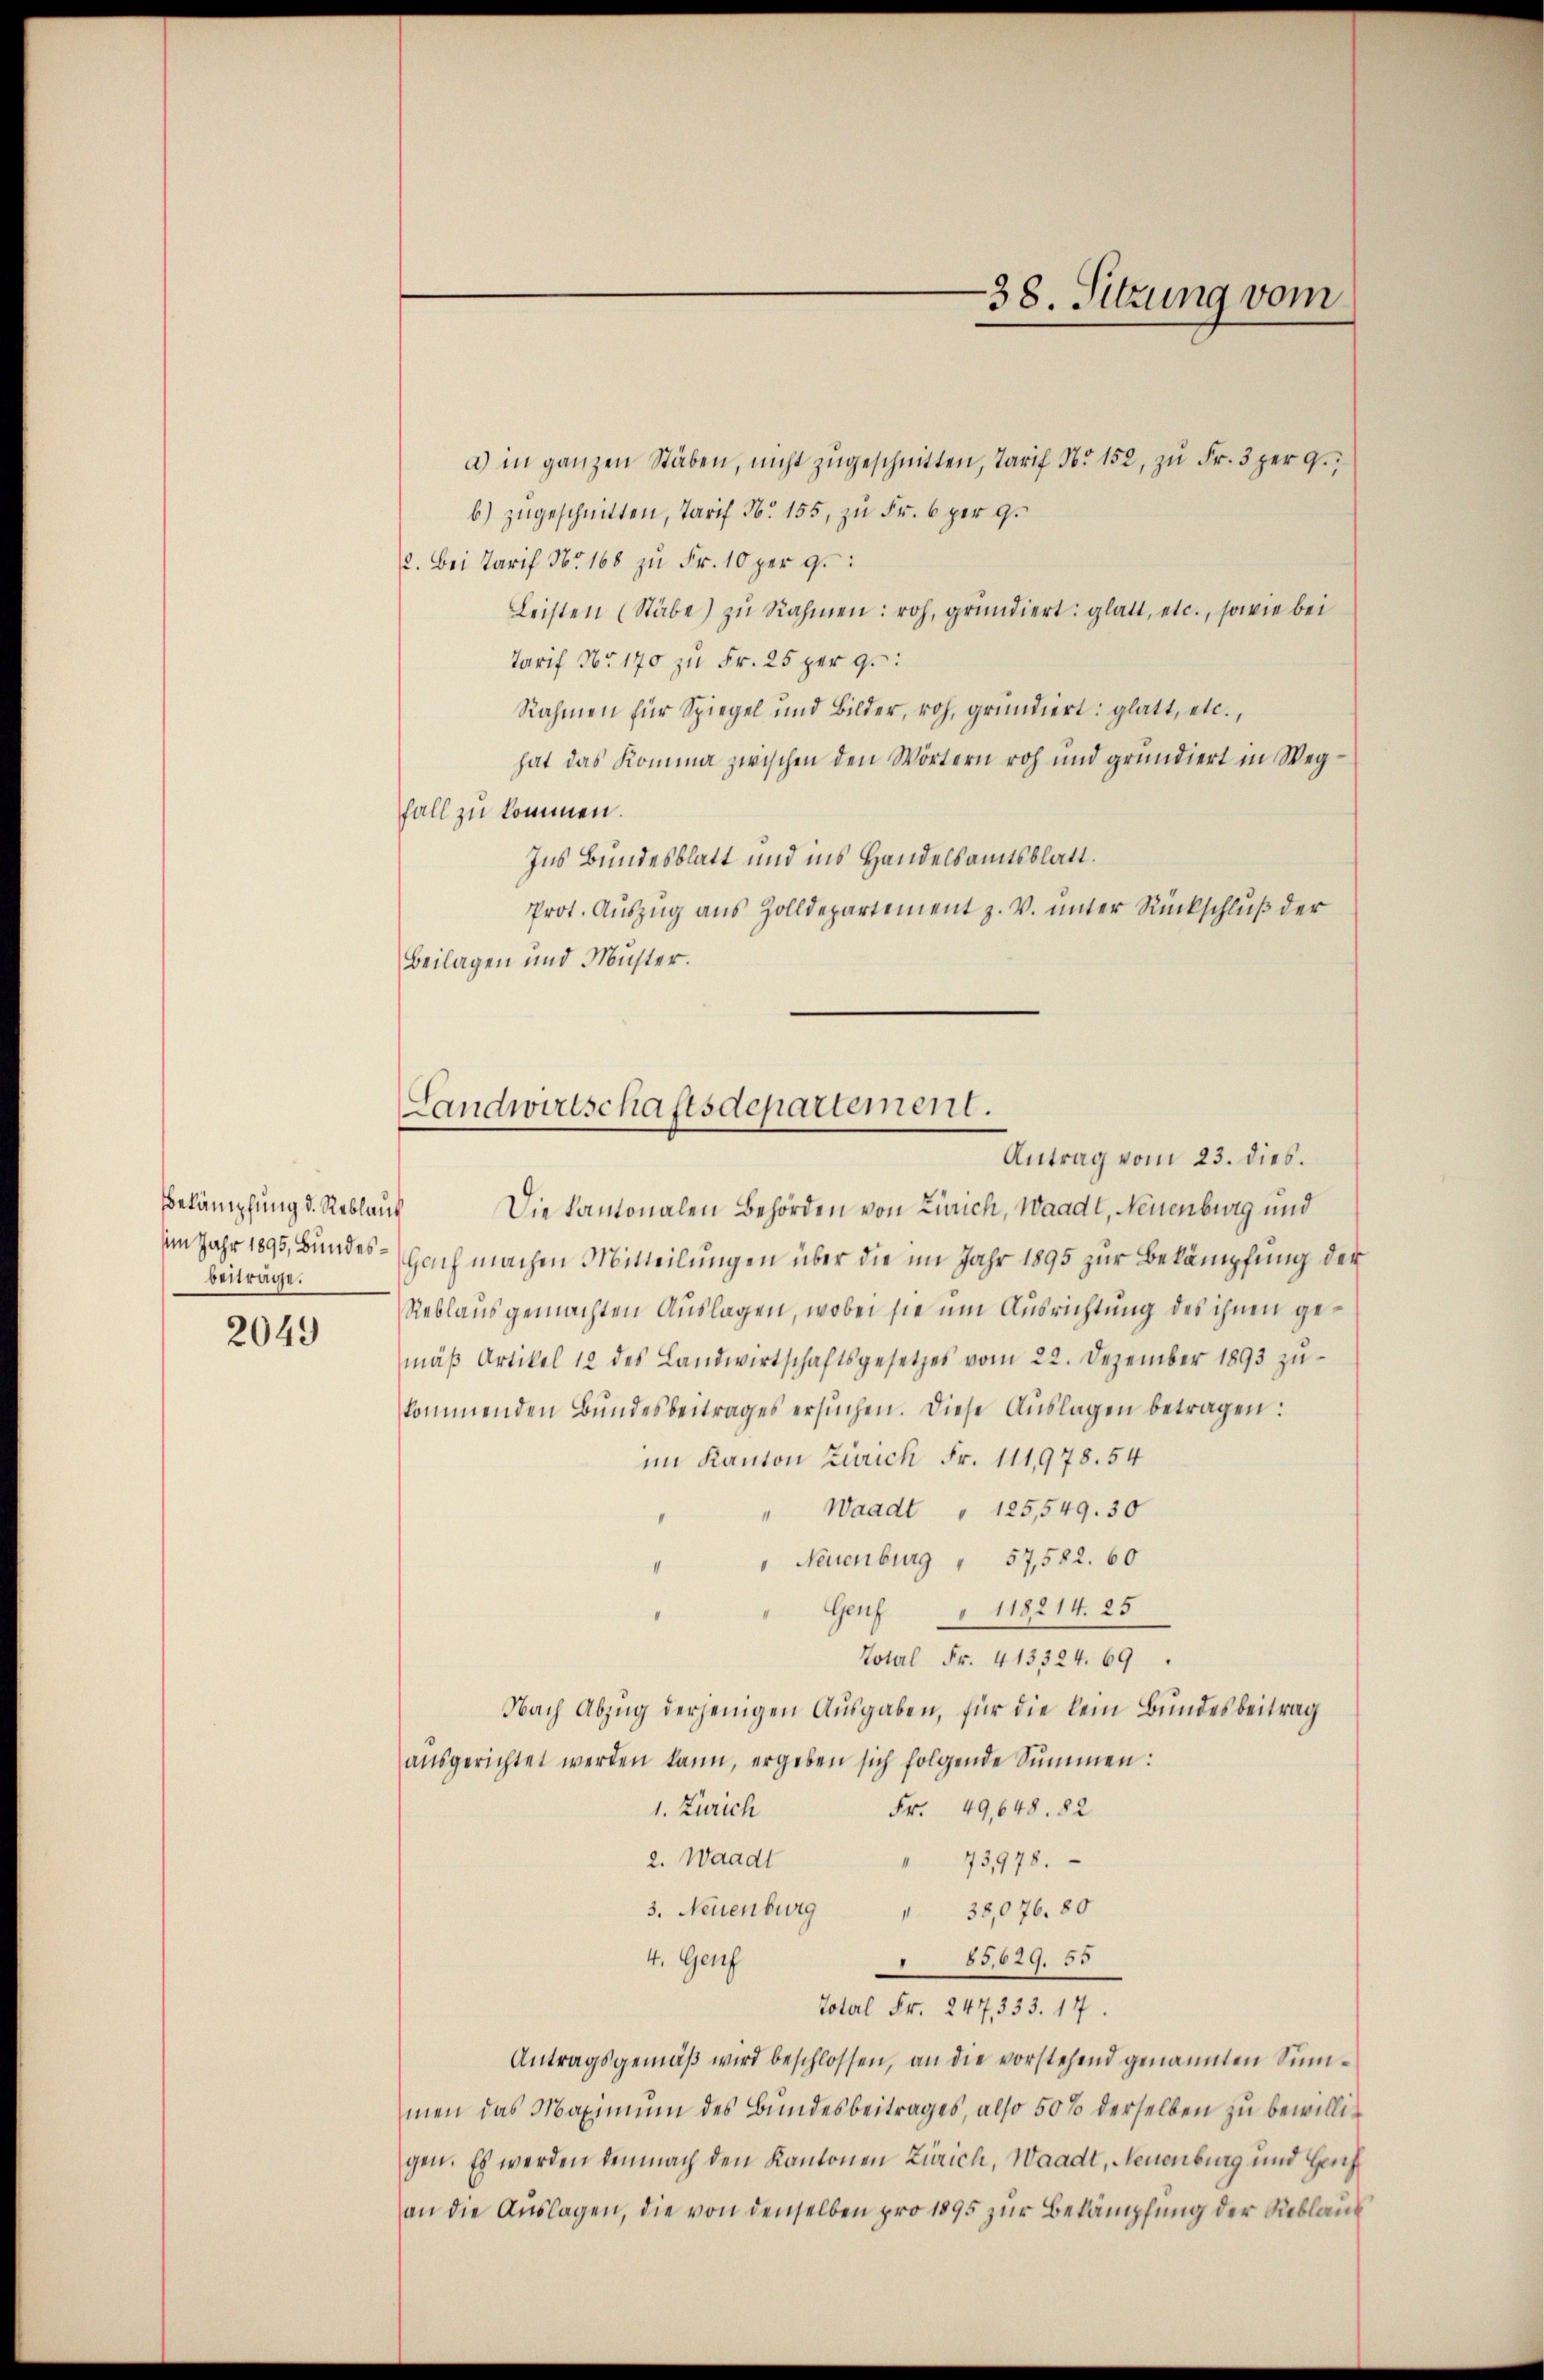
Bekämpfung d. Reblauf
beiträge.

2049

a) in ganzen Stäben, nicht zŭgeschnitten, Tarif No 152, zŭ Fr. 3 per 9.
b) zugeschnitten, Tarif No 155, zu Fr. 6 per 9.
2. Bei Tarif Nr 168 zŭ Fr. 10 per g
Leisten (Stäbe zŭ Nahmen: roh, gründiert: glatt, etc., sowie bei
Tarif No 170 zŭ Fr. 25 per 9.
Nahmen für Spiegel und Bilder, roh, gründiert: glatt, etc.,
hat das Komma zwischen den Wörtern roh und grundiert in Wegfall zu kommen.
Ins Bundesblatt und ins Handelsamtsblatt.
Prot. Aŭszŭg aŭs Zolldepartement z. V. ŭnter Rückschlŭβ der
Beilagen und Muster.

Die Kantonalen Behörden von Zürich, Waadt, Neuenburg und
im Jahr 1893, Bundes - Gach machen Mitteilungen über die im Jahr 1895 zur Bekämpfung der
Reblaus gemachten Auslagen, wobei sie um Ausrichtung des ihnen gemäβ Artikel 12 des Landwirtschaftsgesetzes vom 22. Dezember 1893 zŭ-
kommenden Bundesbeitrages ersŭchen. Diese Aŭslagen betragen:
im Kanton Zürich Fr. 111,978. 54
" Waadt " 125,549. 30
 Neuenburg " 57,582. 60
Genf § 118214. 25
Total Fr. 413324. 69
Nach Abzug derjenigen Ausgaben, für die kein Bundesbeitrag
aŭsgerichtet werden kann, ergeben sich folgende Summen:
Fr. 49,648. 82
1. Zürich
73978.
2. Waadt
I
3. Neuenburg " 38,076. 80
4. Genf
85,629. 55
Totel Fr. 247,333. 17.
Antragsgemäß wird beschlossen, an die vorstehend genannten Summen das Maximum des Bundesbeitrages, also 50% derselben zu bewilligen. Es werden demnach den Kantonen Zürich, Waadt, Neuenburg und Herrf
an die Auslagen, die von denselben pro 1895 zur Bekämpfung der Reblaub

-38. Sitzung vom

Landwirtschaftsdepartement.
Antrag vom 23. dies.